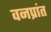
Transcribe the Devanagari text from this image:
वनप्रांत